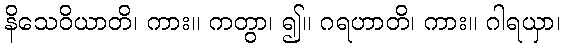
နိသေဝိယာတိ၊ ကား။ ကတွာ၊ ၍။ ဂရဟာတိ၊ ကား။ ဂါရယှာ၊